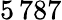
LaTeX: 5\, 787